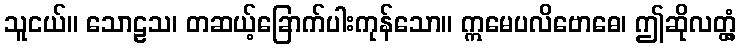
သူငယ်။ သောဠသ၊ တဆယ့်ခြောက်ပါးကုန်သော။ ဣမေပလိဗောဓေ၊ ဤဆိုလတ္တံ့